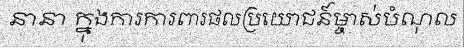
នានា ក្នុងការការពារផលប្រយោជន៍ម្ចាស់បំណុល